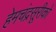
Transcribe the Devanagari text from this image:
हेमचंद्रसूरीको